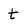
Character: t